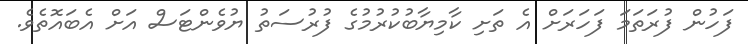
ފަހުން ފުރަތަމަ ފަހަރަށް އެ ތަށި ކާމިޔާބުކުރުމުގެ ފުރުސަތު ޔުވެންޓަސް އަށް އެބައޮތެވެ.